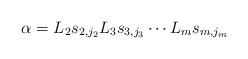
LaTeX: \begin{align*}\alpha = L_{2} s_{2, j_2} L_{3} s_{3, j_3} \cdots L_{m} s_{m, j_m}\end{align*}